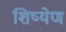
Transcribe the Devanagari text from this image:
शिष्येण